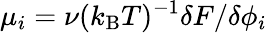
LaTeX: \mu_{i}=\nu(k_{\mathrm{B}}T)^{-1}\delta F/\delta\phi_{i}